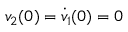
v _ { 2 } ( 0 ) = \dot { v } _ { 1 } ( 0 ) = 0